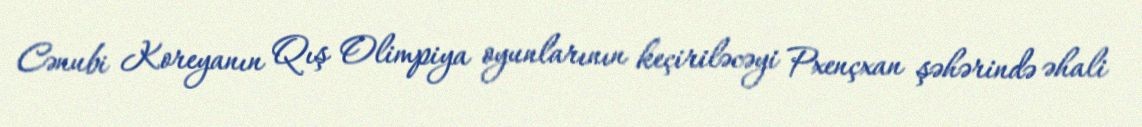
Cənubi Koreyanın Qış Olimpiya oyunlarının keçiriləcəyi Pxençxan şəhərində əhali